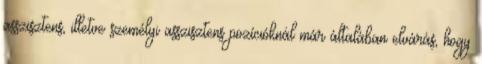
asszisztens, illetve személyi asszisztens pozícióknál már általában elvárás, hogy